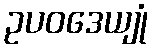
ဥပဝဒေယျုံ